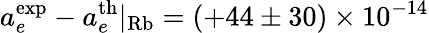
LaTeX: a_{e}^{\mathrm{exp}}-a_{e}^{\mathrm{th}}|_{\mathrm{Rb}}=(+44\pm 30)\times 10^{-14}